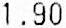
1.90